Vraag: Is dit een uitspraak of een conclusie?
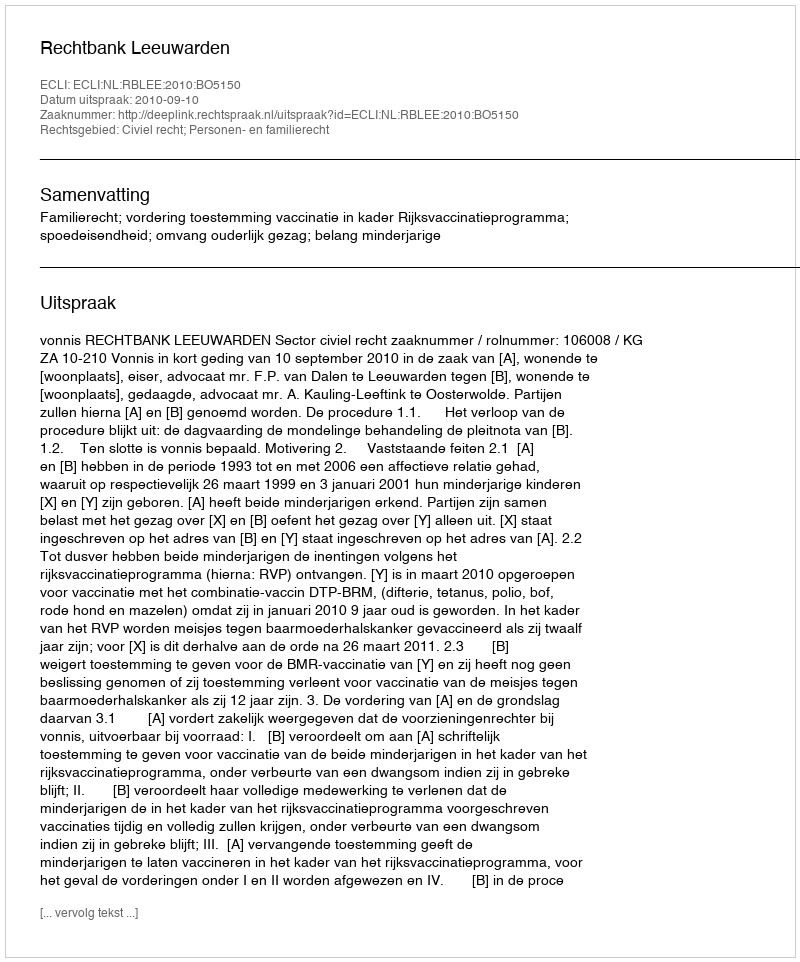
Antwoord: Uitspraak